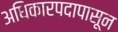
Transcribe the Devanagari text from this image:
अधिकारपदापासून